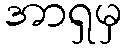
အာရှမှ